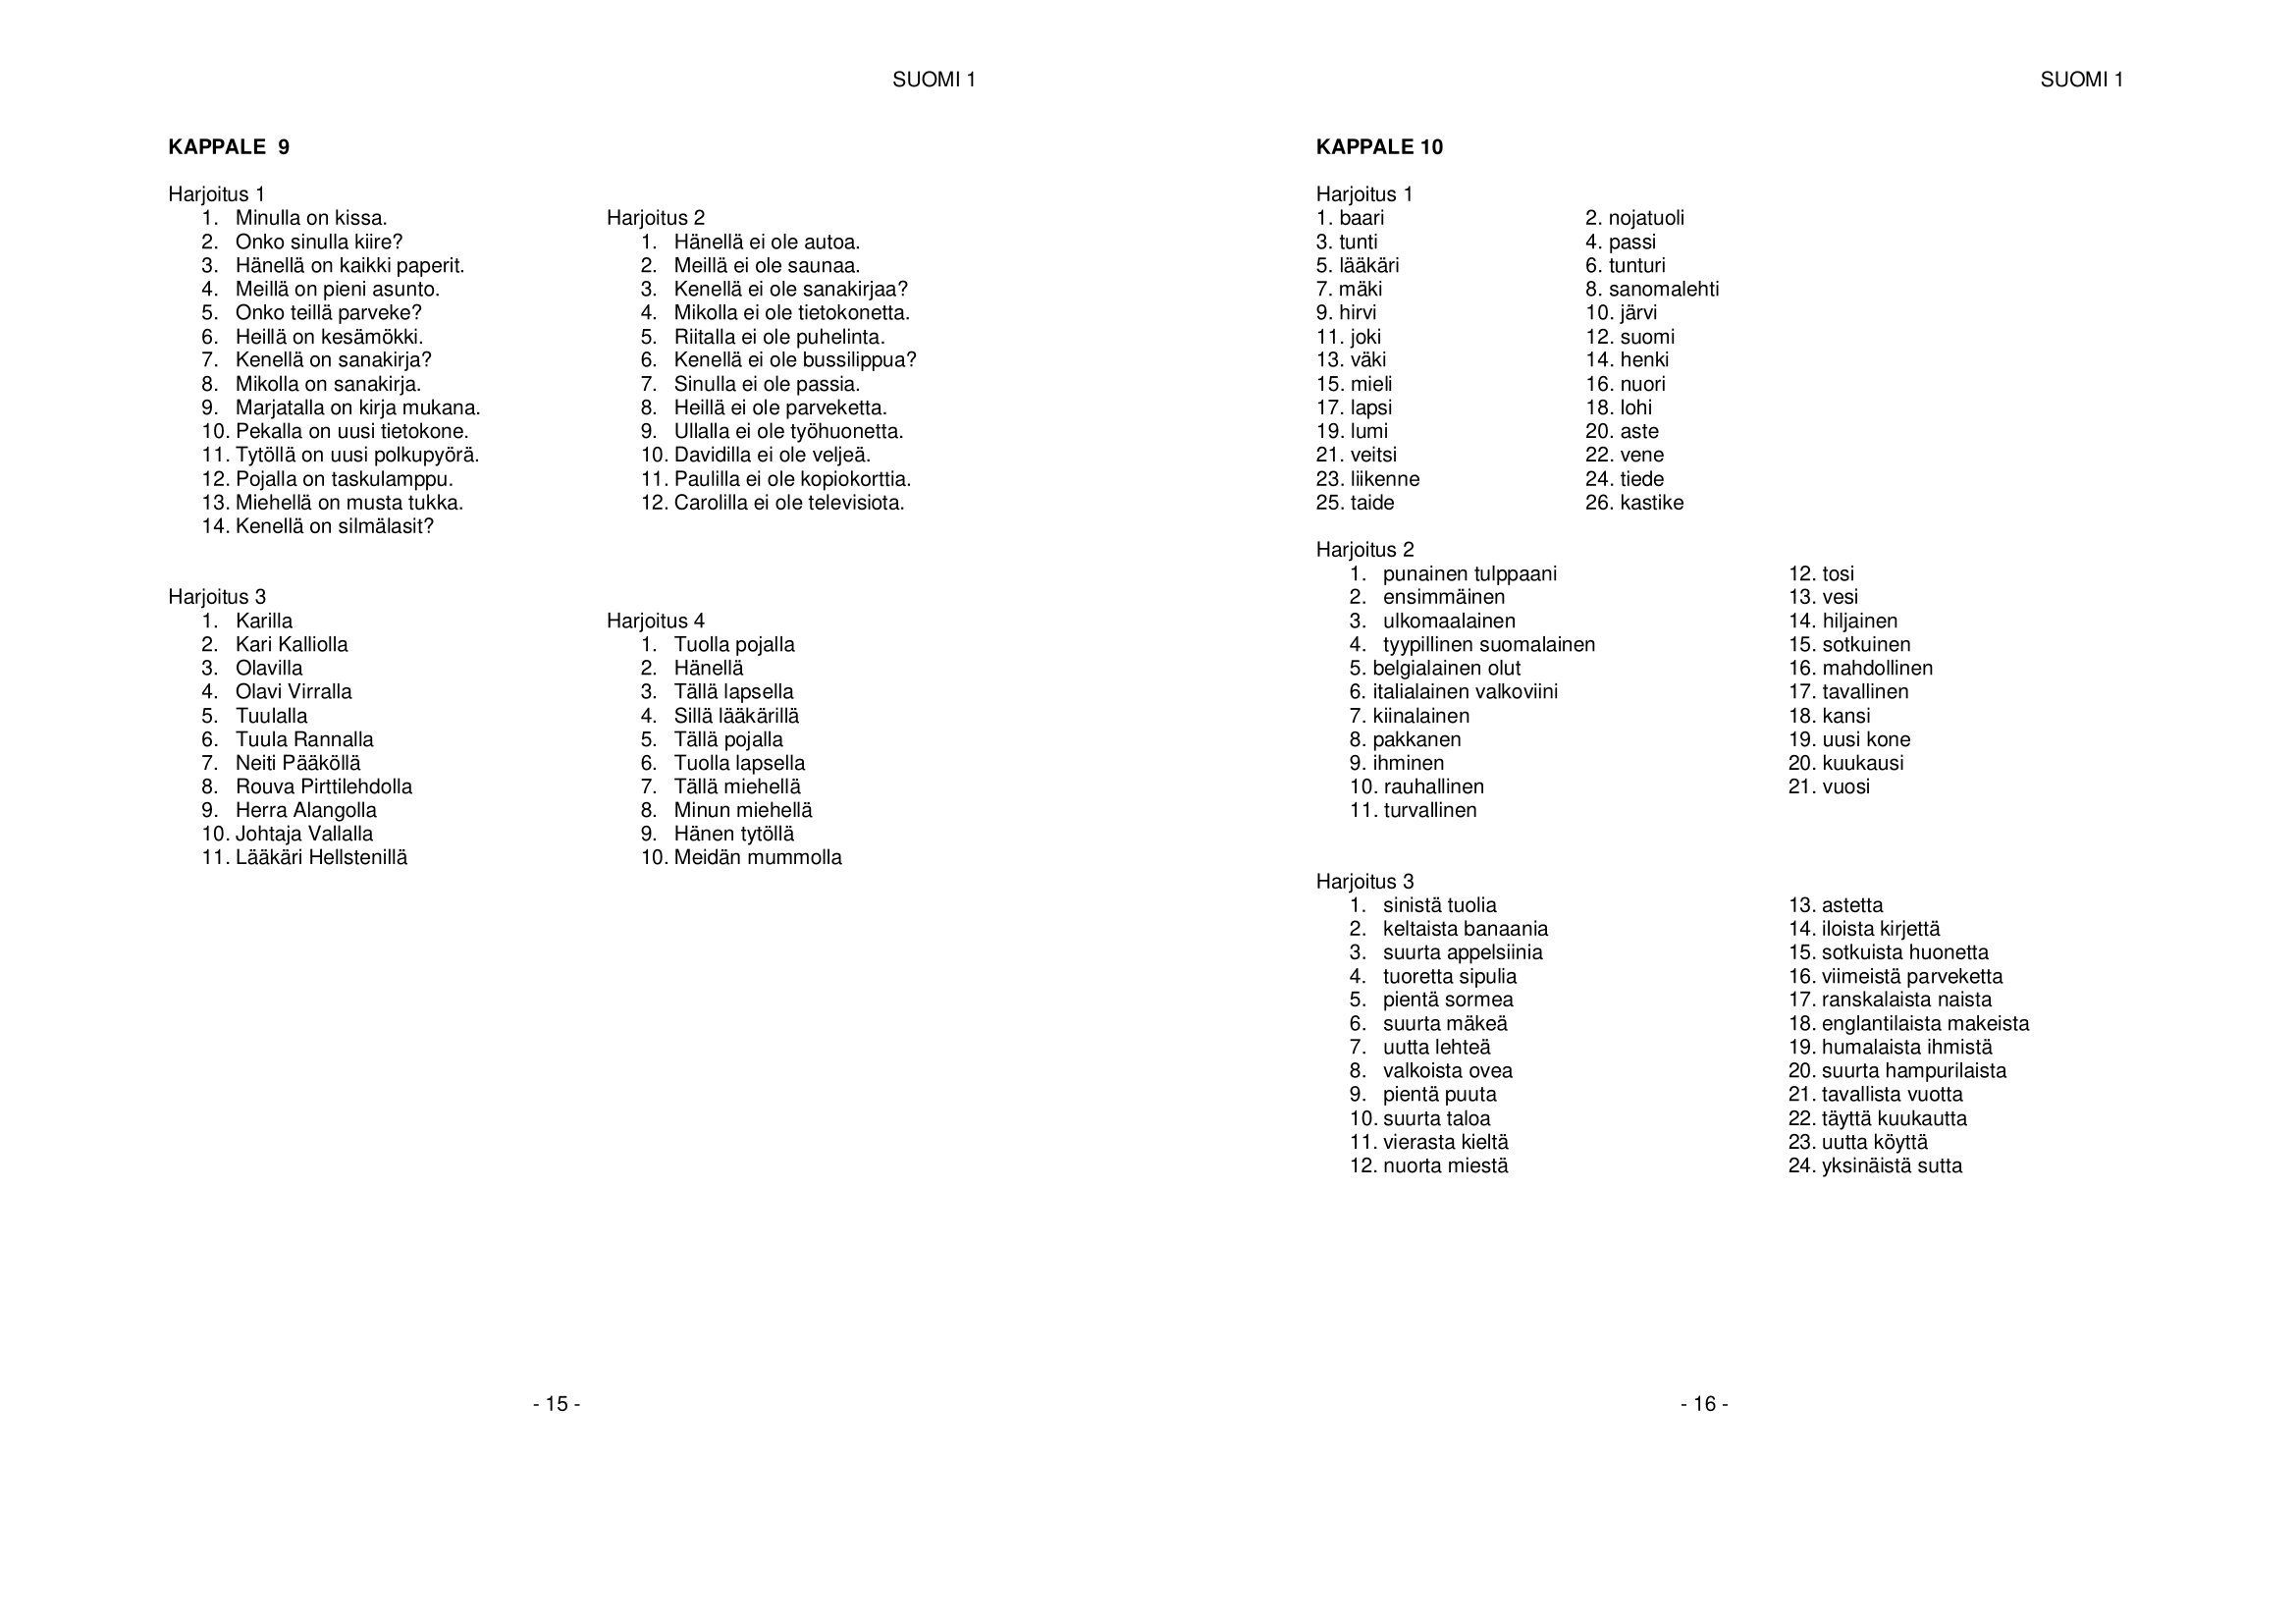
Language: fn